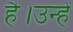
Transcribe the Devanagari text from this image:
है।उन्हें